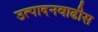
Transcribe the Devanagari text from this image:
उत्पादनवाढीस